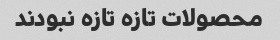
محصولات تازه تازه نبودند